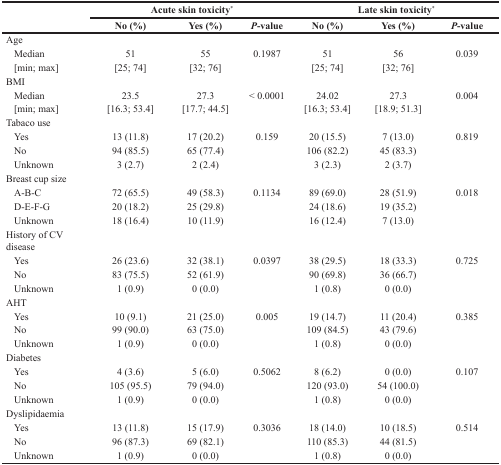
<table><thead><tr><td rowspan="2"></td><td colspan="3"><b>Acute skin toxicity<sup>*</sup></b></td><td colspan="3"><b>Late skin toxicity<sup>*</sup></b></td></tr><tr><td><b>No (%)</b></td><td><b>Yes (%)</b></td><td><b><i>P</i>-value</b></td><td><b>No (%)</b></td><td><b>Yes (%)</b></td><td><b><i>P</i>-value</b></td></tr></thead><tbody><tr><td>Age</td><td></td><td></td><td></td><td></td><td></td><td></td></tr><tr><td> Median</td><td>51</td><td>55</td><td>0.1987</td><td>51</td><td>56</td><td>0.039</td></tr><tr><td> [min; max]</td><td>[25; 74]</td><td>[32; 76]</td><td></td><td>[25; 74]</td><td>[32; 76]</td><td></td></tr><tr><td>BMI</td><td></td><td></td><td></td><td></td><td></td><td></td></tr><tr><td> Median</td><td>23.5</td><td>27.3</td><td>&lt; 0.0001</td><td>24.02</td><td>27.3</td><td>0.004</td></tr><tr><td> [min; max]</td><td>[16.3; 53.4]</td><td>[17.7; 44.5]</td><td></td><td>[16.3; 53.4]</td><td>[18.9; 51.3]</td><td></td></tr><tr><td>Tabaco use</td><td></td><td></td><td></td><td></td><td></td><td></td></tr><tr><td> Yes</td><td>13 (11.8)</td><td>17 (20.2)</td><td>0.159</td><td>20 (15.5)</td><td>7 (13.0)</td><td>0.819</td></tr><tr><td> No</td><td>94 (85.5)</td><td>65 (77.4)</td><td></td><td>106 (82.2)</td><td>45 (83.3)</td><td></td></tr><tr><td> Unknown</td><td>3 (2.7)</td><td>2 (2.4)</td><td></td><td>3 (2.3)</td><td>2 (3.7)</td><td></td></tr><tr><td>Breast cup size</td><td></td><td></td><td></td><td></td><td></td><td></td></tr><tr><td> A-B-C</td><td>72 (65.5)</td><td>49 (58.3)</td><td>0.1134</td><td>89 (69.0)</td><td>28 (51.9)</td><td>0.018</td></tr><tr><td> D-E-F-G</td><td>20 (18.2)</td><td>25 (29.8)</td><td></td><td>24 (18.6)</td><td>19 (35.2)</td><td></td></tr><tr><td> Unknown</td><td>18 (16.4)</td><td>10 (11.9)</td><td></td><td>16 (12.4)</td><td>7 (13.0)</td><td></td></tr><tr><td>History of CV disease</td><td></td><td></td><td></td><td></td><td></td><td></td></tr><tr><td> Yes</td><td>26 (23.6)</td><td>32 (38.1)</td><td>0.0397</td><td>38 (29.5)</td><td>18 (33.3)</td><td>0.725</td></tr><tr><td> No</td><td>83 (75.5)</td><td>52 (61.9)</td><td></td><td>90 (69.8)</td><td>36 (66.7)</td><td></td></tr><tr><td> Unknown</td><td>1 (0.9)</td><td>0 (0.0)</td><td></td><td>1 (0.8)</td><td>0 (0.0)</td><td></td></tr><tr><td>AHT</td><td></td><td></td><td></td><td></td><td></td><td></td></tr><tr><td> Yes</td><td>10 (9.1)</td><td>21 (25.0)</td><td>0.005</td><td>19 (14.7)</td><td>11 (20.4)</td><td>0.385</td></tr><tr><td> No</td><td>99 (90.0)</td><td>63 (75.0)</td><td></td><td>109 (84.5)</td><td>43 (79.6)</td><td></td></tr><tr><td> Unknown</td><td>1 (0.9)</td><td>0 (0.0)</td><td></td><td>1 (0.8)</td><td>0 (0.0)</td><td></td></tr><tr><td>Diabetes</td><td></td><td></td><td></td><td></td><td></td><td></td></tr><tr><td> Yes</td><td>4 (3.6)</td><td>5 (6.0)</td><td>0.5062</td><td>8 (6.2)</td><td>0 (0.0)</td><td>0.107</td></tr><tr><td> No</td><td>105 (95.5)</td><td>79 (94.0)</td><td></td><td>120 (93.0)</td><td>54 (100.0)</td><td></td></tr><tr><td> Unknown</td><td>1 (0.9)</td><td>0 (0.0)</td><td></td><td>1 (0.8)</td><td>0 (0.0)</td><td></td></tr><tr><td>Dyslipidaemia</td><td></td><td></td><td></td><td></td><td></td><td></td></tr><tr><td> Yes</td><td>13 (11.8)</td><td>15 (17.9)</td><td>0.3036</td><td>18 (14.0)</td><td>10 (18.5)</td><td>0.514</td></tr><tr><td> No</td><td>96 (87.3)</td><td>69 (82.1)</td><td></td><td>110 (85.3)</td><td>44 (81.5)</td><td></td></tr><tr><td> Unknown</td><td>1 (0.9)</td><td>0 (0.0)</td><td></td><td>1 (0.8)</td><td>0 (0.0)</td><td></td></tr></tbody></table>